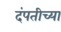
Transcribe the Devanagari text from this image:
दंपतीच्या